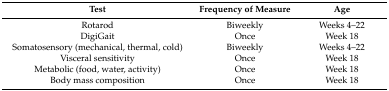
<table><thead><tr><td><b>Test</b></td><td><b>Frequency of Measure</b></td><td><b>Age</b></td></tr></thead><tbody><tr><td>Rotarod</td><td>Biweekly</td><td>Weeks 4–22</td></tr><tr><td>DigiGait</td><td>Once </td><td>Week 18</td></tr><tr><td>Somatosensory (mechanical, thermal, cold)</td><td>Biweekly</td><td>Weeks 4–22</td></tr><tr><td>Visceral sensitivity</td><td>Once</td><td>Week 18</td></tr><tr><td>Metabolic (food, water, activity)</td><td>Once </td><td>Week 18</td></tr><tr><td>Body mass composition</td><td>Once</td><td>Week 18</td></tr></tbody></table>